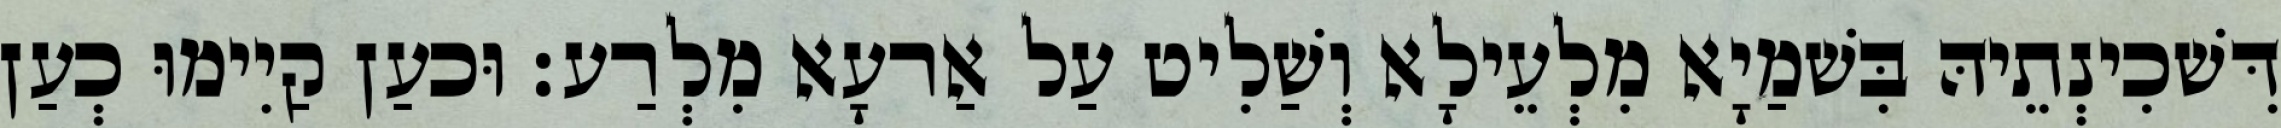
דִּשׁכִינְתֵיהּ בִּשׁמַיָא מִלְעֵילָא וְשַׁלִיט עַל אַרעָא מִלְרַע׃ וּכעַן קַיִימוּ כְעַן